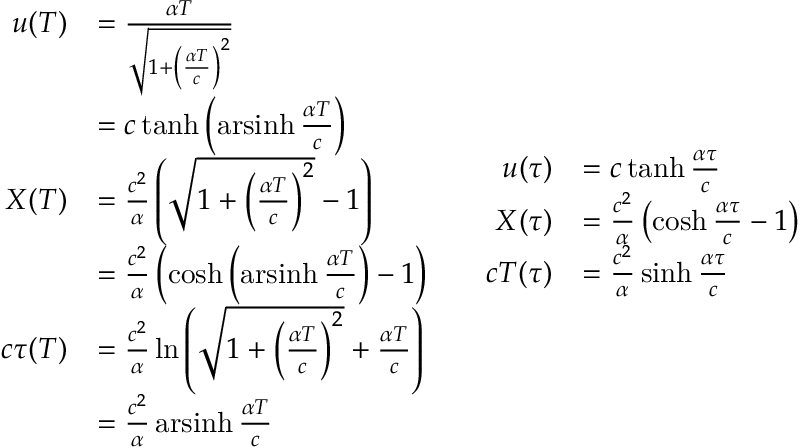
{ \begin{array} { c c } { { \begin{array} { r l } { u ( T ) } & { = { \frac { \alpha T } { \sqrt { 1 + \left( { \frac { \alpha T } { c } } \right) ^ { 2 } } } } } \\ & { = c \operatorname { t a n h } \left( \operatorname { a r s i n h } { \frac { \alpha T } { c } } \right) } \\ { X ( T ) } & { = { \frac { c ^ { 2 } } { \alpha } } \left( { \sqrt { 1 + \left( { \frac { \alpha T } { c } } \right) ^ { 2 } } } - 1 \right) } \\ & { = { \frac { c ^ { 2 } } { \alpha } } \left( \cosh \left( \operatorname { a r s i n h } { \frac { \alpha T } { c } } \right) - 1 \right) } \\ { c \tau ( T ) } & { = { \frac { c ^ { 2 } } { \alpha } } \ln \left( { \sqrt { 1 + \left( { \frac { \alpha T } { c } } \right) ^ { 2 } } } + { \frac { \alpha T } { c } } \right) } \\ & { = { \frac { c ^ { 2 } } { \alpha } } \operatorname { a r s i n h } { \frac { \alpha T } { c } } } \end{array} } } & { { \begin{array} { r l } { u ( \tau ) } & { = c \operatorname { t a n h } { \frac { \alpha \tau } { c } } } \\ { X ( \tau ) } & { = { \frac { c ^ { 2 } } { \alpha } } \left( \cosh { \frac { \alpha \tau } { c } } - 1 \right) } \\ { c T ( \tau ) } & { = { \frac { c ^ { 2 } } { \alpha } } \sinh { \frac { \alpha \tau } { c } } } \end{array} } } \end{array} }